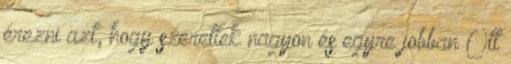
érezni azt, hogy szeretlek nagyon és egyre jobban Ott